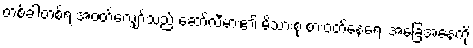
တစ်ခါတစ်ရံ အဝတ်လျှော်သည့် ဆော်လီမား၏ မိသားစု စားဝတ်နေရေး အခြေအနေကို